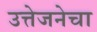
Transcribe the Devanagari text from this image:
उत्तेजनेचा